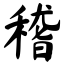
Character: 稽